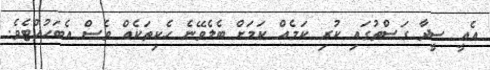
އެއީ ސީދާ ގަސްތުގައި ކުރި ކަމެއް ކަމަށް ބެލެވޭނެ ހެކިތަކެއް ވެސް އެބަހުއްޓެވެ.